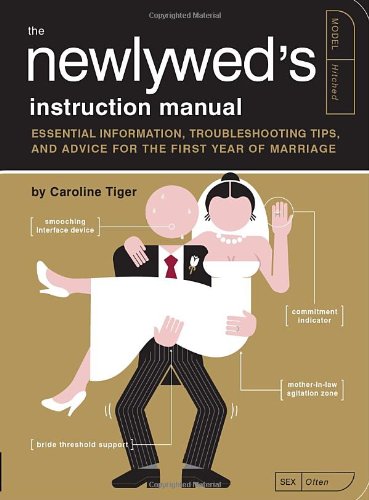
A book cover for The Newlywed's Instruction Manual: Essential Information, Troubleshooting Tips, and Advice for the First Year of Marriage (Owner's and Instruction Manual); Caroline Tiger; Humor & Entertainment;